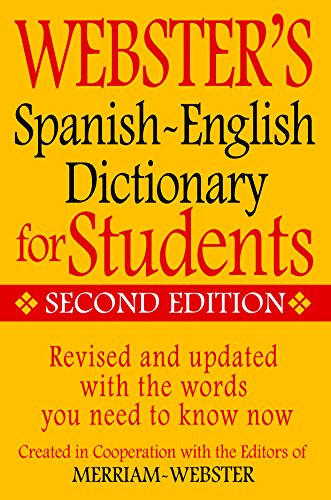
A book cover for Webster's Spanish-English Dictionary for Students, Second Edition; Merriam-Webster; Reference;